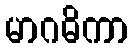
မာဂဓိကာ